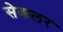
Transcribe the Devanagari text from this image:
सेकलर